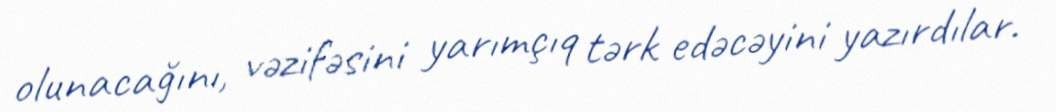
olunacağını, vəzifəsini yarımçıq tərk edəcəyini yazırdılar.